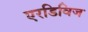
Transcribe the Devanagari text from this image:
एरडिविज